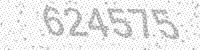
Solution: 624575